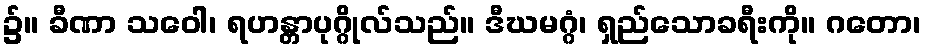
၌။ ခီဏာ သဝေါ၊ ရဟန္တာပုဂ္ဂိုလ်သည်။ ဒီဃမဂ္ဂံ၊ ရှည်သောခရီးကို။ ဂတော၊